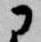
に